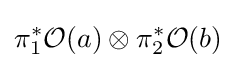
\pi _{1}^{*}{\mathcal {O}}(a)\otimes \pi _{2}^{*}{\mathcal {O}}(b)